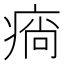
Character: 𤷛